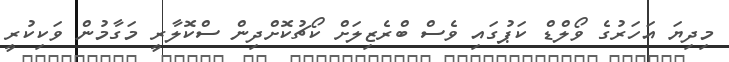
މިދިޔަ އަހަރުގެ ވޯލްޑް ކަޕުގައި ވެސް ބްރެޒިލަށް ކޯޗުކޮށްދިން ސްކޮލާރީ މަގާމުން ވަކިކުރީ